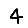
Digit: 4